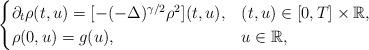
LaTeX: \begin{align*} \begin{cases}\partial_t \rho(t,u) = [-(- \Delta)^{\gamma/2} \rho^2 ] (t,u), & (t,u) \in [0,T] \times \mathbb{R}, \\\rho(0,u) = g(u), & u \in \mathbb{R}, \end{cases}\end{align*}